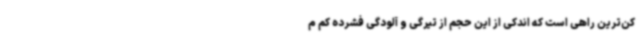
کن‌ترین راهی است که اندکی از این حجم از تیرگی و آلودگی فشرده کم م